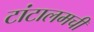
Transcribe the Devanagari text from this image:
टांटालमची